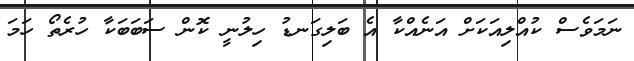
ނަމަވެސް ކުއްލިއަކަށް އަނެއްކާ އެ ބަލިގަނޑު ހިލުނީ ކޮން ސަބަބަކާ ހުރެތޯ ހަމަ